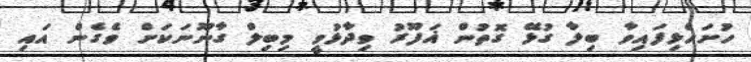
ހުށަހެޅިފައިވާ ބިލާ ގުޅޭ ގޮތުން ޣަފޫރު ވިދާޅުވީ މިބިލް ގާނޫނަކަށް ވެގެން އައި